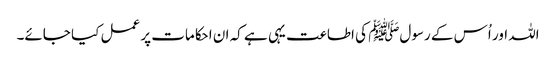
اللہ اور اُس کے رسولﷺ کی اطاعت یہی ہے کہ ان احکامات پر عمل کیا جائے۔